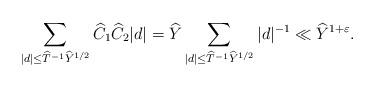
LaTeX: \begin{align*} \sum_{|d|\leq \widehat{T}^{-1}\widehat{Y}^{1/2}}\widehat{C}_1\widehat{C}_2|d| = \widehat{Y}\sum_{|d|\leq \widehat{T}^{-1}\widehat{Y}^{1/2}}|d|^{-1} \ll \widehat{Y}^{1+\varepsilon}.\end{align*}